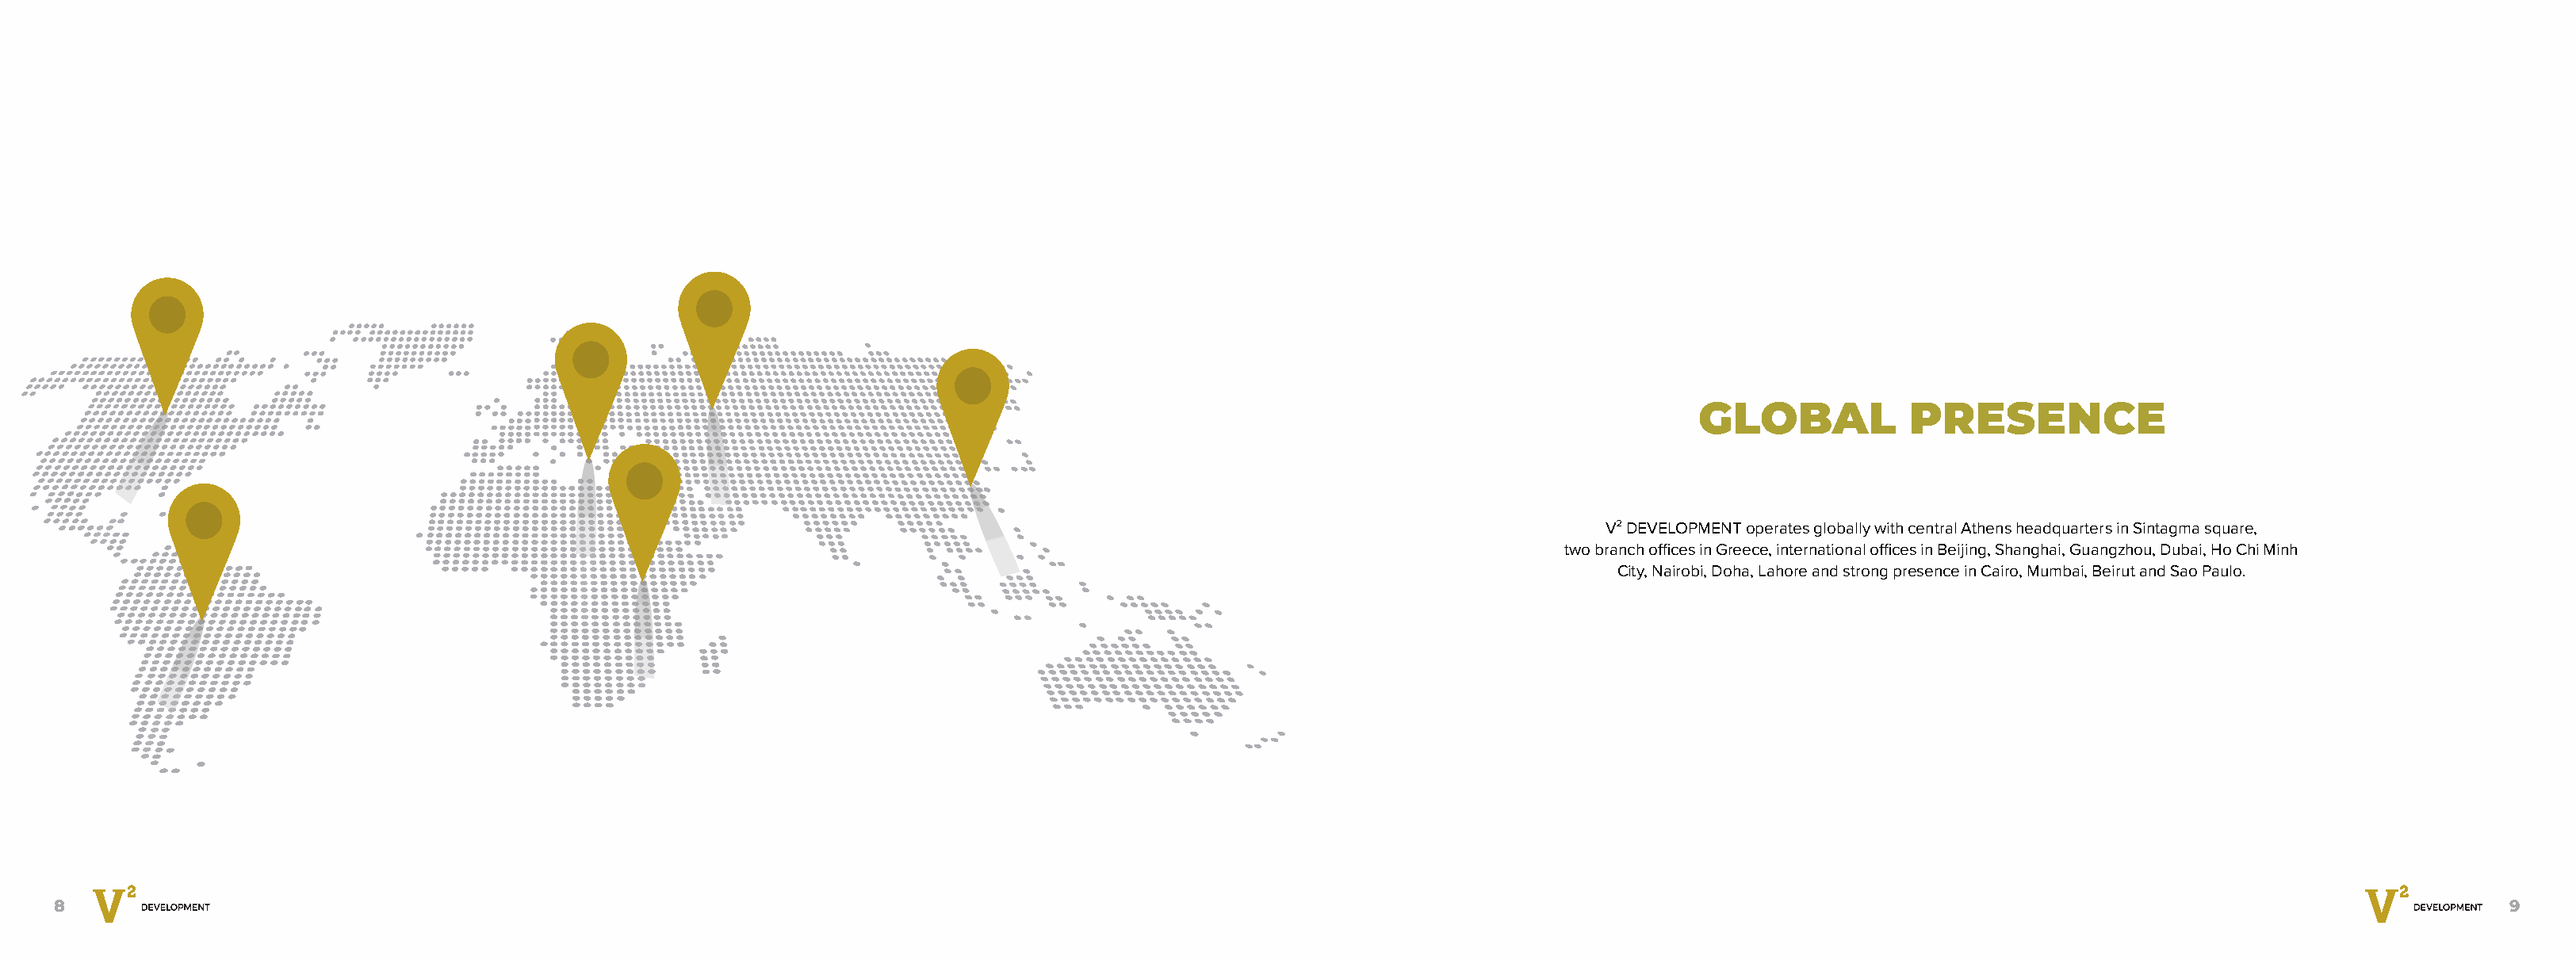
GLOBAL           PRESENCE
 V² DEVELOPMENT operates globally with central Athens headquarters in Sintagma square,
 two branch offices in Greece, international offices in Beijing, Shanghai, Guangzhou, Dubai, Ho Chi Minh
 City, Nairobi, Doha, Lahore and strong presence in Cairo, Mumbai, Beirut and Sao Paulo.
 8                                                                                                                                                                                                            9